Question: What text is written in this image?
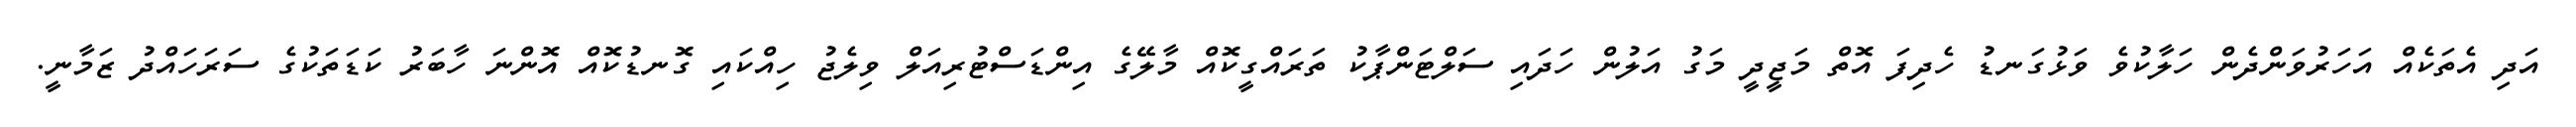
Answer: އަދި އެތަކެއް އަހަރުވަންދެން ހަލާކުވެ ވަޅުގަނޑު ހެދިފަ އޮތް މަޖީދީ މަގު އަލުން ހަދައި ސަލްޓަންޕާކު ތަރައްގީކޮއް މާލޭގެ އިންޑަސްޓުރިއަލް ވިލެޖު ހިއްކައި ގޮނޑުކޮއް އޮންނަ ހާބަރު ކަޑަތަކުގެ ސަރަހައްދު ޒަމާނީ.